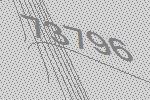
73796